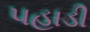
પહાડી